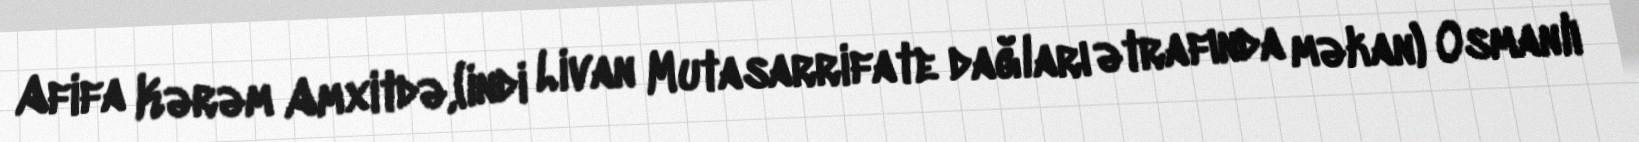
Afifa Kərəm Amxitdə,(indi Livan Mutasarrifate dağları ətrafında məkan) Osmanlı